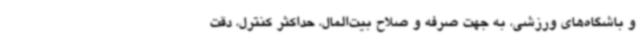
و باشگاه‌های ورزشی، به جهت صرفه و صلاح بیت‌المال، حداکثر کنترل، دقت